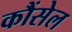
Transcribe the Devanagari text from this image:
कौंसेल